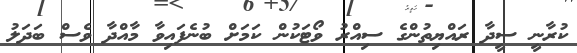
ކުރާނީ ސީދާ ރައްޔިތުންގެ ސިއްރު ވޯޓަކުން ކަމަށް ބުނެފައިވާ މާއްދާ ވެސް ބަދަލު